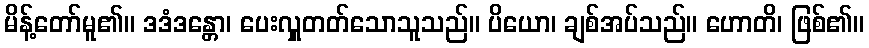
မိန့်တော်မူ၏။ ဒဒံဒန္တော၊ ပေးလှူတတ်သောသူသည်။ ပိယော၊ ချစ်အပ်သည်။ ဟောတိ၊ ဖြစ်၏။